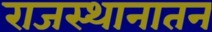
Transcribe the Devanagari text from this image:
राजस्थानातन